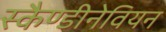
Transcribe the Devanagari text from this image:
स्कैण्डीनेवियन